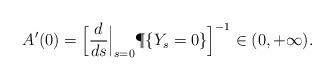
LaTeX: \begin{align*} A'(0)=\Bigl[\frac{d}{ds}\Big|_{s=0}\P\{Y_s=0\}\Bigr]^{-1}\in (0,+\infty).\end{align*}